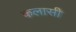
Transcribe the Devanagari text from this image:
कलासी